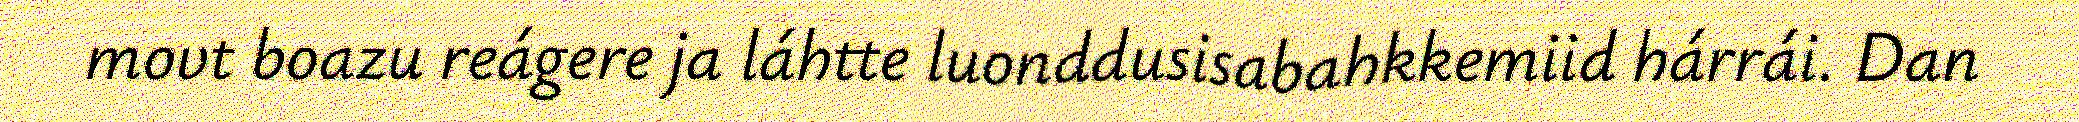
movt boazu reágere ja láhtte luonddusisabahkkemiid hárrái. Dan